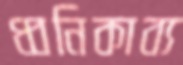
ধ্বনিকাব্য